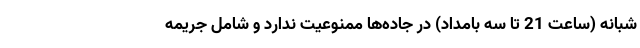
شبانه (ساعت 21 تا سه بامداد) در جاده‌ها ممنوعیت ندارد و شامل جریمه